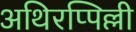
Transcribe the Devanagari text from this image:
अथिरप्पिल्ली